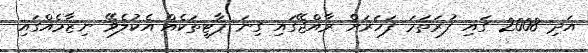
އަދި 2008 ގައި ފުރަތަމަ ފަހަރަށް ރާއްޖޭގައި ގިނަ ޕާޓީތަކެއް އެކުލެވޭ ނިޒާމެއްގައި